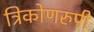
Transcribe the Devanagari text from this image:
त्रिकोणरुपी